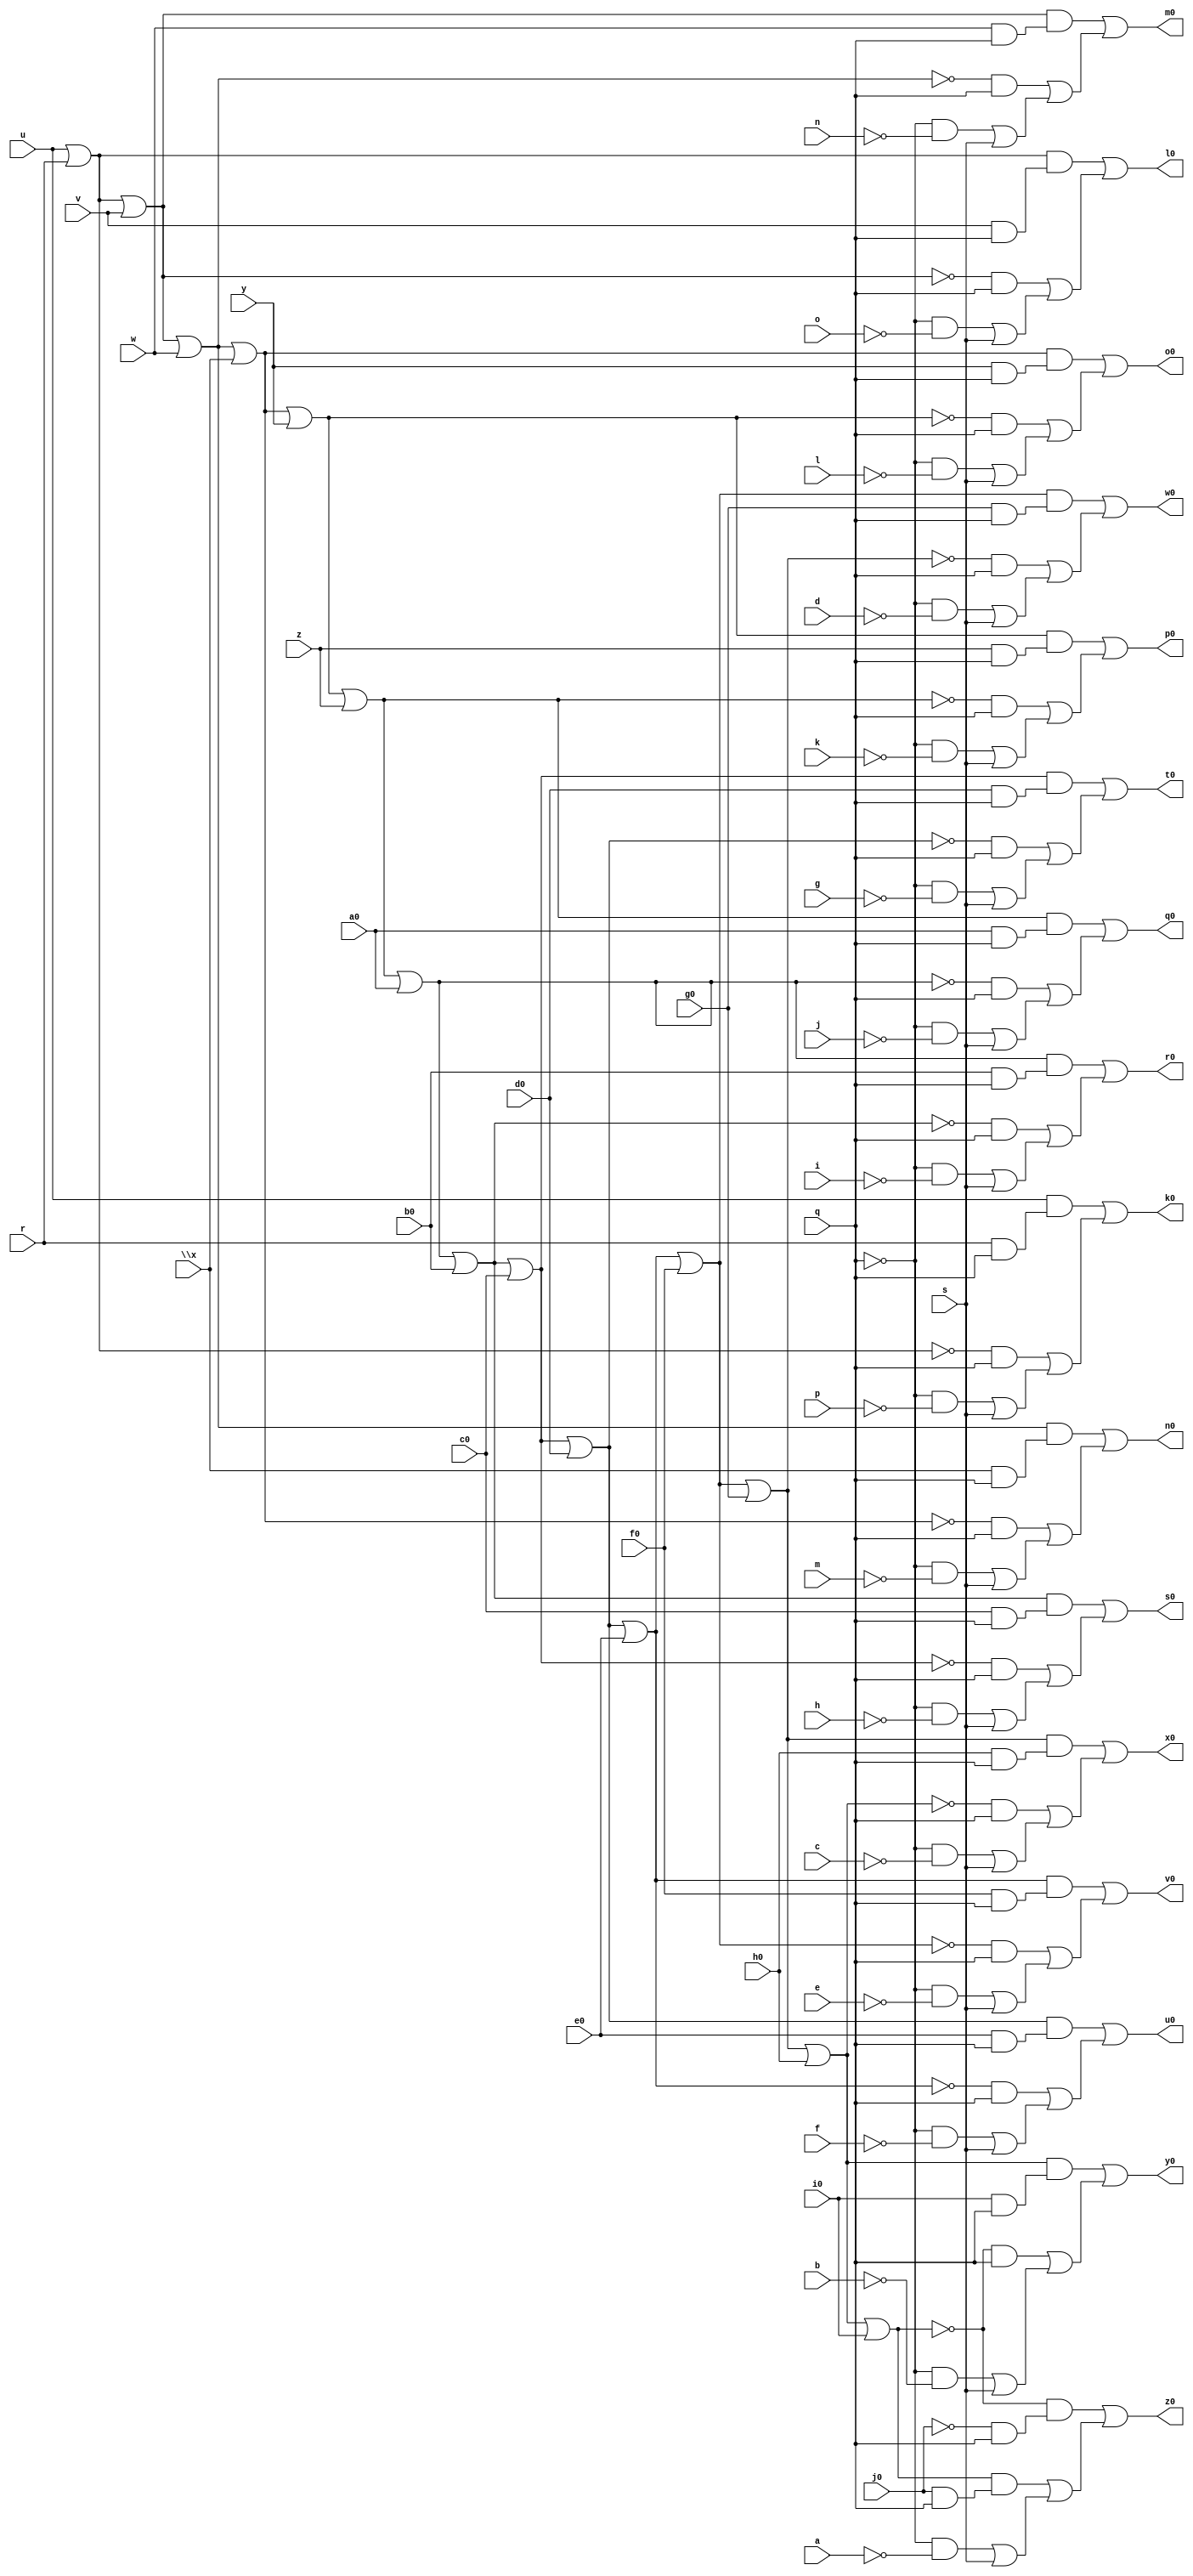
// IWLS benchmark module "count" printed on Wed May 29 16:07:22 2002
module count(a, b, c, d, e, f, g, h, i, j, k, l, m, n, o, p, q, r, s, u, v, w, \x , y, z, a0, b0, c0, d0, e0, f0, g0, h0, i0, j0, k0, l0, m0, n0, o0, p0, q0, r0, s0, t0, u0, v0, w0, x0, y0, z0);
input
  g0,
  h0,
  i0,
  j0,
  a,
  b,
  c,
  d,
  e,
  f,
  g,
  h,
  i,
  j,
  k,
  l,
  m,
  n,
  o,
  p,
  q,
  r,
  s,
  u,
  v,
  w,
  \x ,
  y,
  z,
  a0,
  b0,
  c0,
  d0,
  e0,
  f0;
output
  k0,
  l0,
  m0,
  n0,
  o0,
  p0,
  q0,
  r0,
  s0,
  t0,
  u0,
  v0,
  w0,
  x0,
  y0,
  z0;
wire
  \[26] ,
  \[27] ,
  \[10] ,
  \[11] ,
  \[12] ,
  \[13] ,
  o2,
  \[14] ,
  \[0] ,
  \[15] ,
  \[1] ,
  \[16] ,
  \[2] ,
  \[17] ,
  \[3] ,
  \[18] ,
  \[4] ,
  \[19] ,
  \[5] ,
  \[6] ,
  \[7] ,
  \[8] ,
  y1,
  \[9] ,
  \[20] ,
  \[21] ,
  \[22] ,
  \[23] ,
  e3,
  \[24] ,
  \[25] ;
assign
  \[26]  = \[22]  | e0,
  \[27]  = \[23]  | i0,
  k0 = \[0] ,
  \[10]  = (\[22]  & (e0 & q)) | ((~\[26]  & q) | ((~q & ~f) | s)),
  l0 = \[1] ,
  \[11]  = (\[26]  & (f0 & q)) | ((~e3 & q) | ((~q & ~e) | s)),
  m0 = \[2] ,
  \[12]  = (e3 & (g0 & q)) | ((~\[19]  & q) | ((~q & ~d) | s)),
  n0 = \[3] ,
  \[13]  = (\[19]  & (h0 & q)) | ((~\[23]  & q) | ((~q & ~c) | s)),
  o0 = \[4] ,
  o2 = \[25]  | b0,
  \[14]  = (\[23]  & (i0 & q)) | ((~\[27]  & q) | ((~q & ~b) | s)),
  p0 = \[5] ,
  \[0]  = (u & (r & q)) | ((~\[16]  & q) | ((~q & ~p) | s)),
  \[15]  = (~\[27]  & (~j0 & q)) | ((\[27]  & (j0 & q)) | ((~q & ~a) | s)),
  q0 = \[6] ,
  \[1]  = (\[16]  & (v & q)) | ((~\[20]  & q) | ((~q & ~o) | s)),
  \[16]  = u | r,
  r0 = \[7] ,
  \[2]  = (\[20]  & (w & q)) | ((~\[24]  & q) | ((~q & ~n) | s)),
  \[17]  = y1 | y,
  s0 = \[8] ,
  \[3]  = (\[24]  & (\x  & q)) | ((~y1 & q) | ((~q & ~m) | s)),
  \[18]  = o2 | c0,
  t0 = \[9] ,
  \[4]  = (y1 & (y & q)) | ((~\[17]  & q) | ((~q & ~l) | s)),
  \[19]  = e3 | g0,
  u0 = \[10] ,
  \[5]  = (\[17]  & (z & q)) | ((~\[21]  & q) | ((~q & ~k) | s)),
  v0 = \[11] ,
  \[6]  = (\[21]  & (a0 & q)) | ((~\[25]  & q) | ((~q & ~j) | s)),
  w0 = \[12] ,
  \[7]  = (\[25]  & (b0 & q)) | ((~o2 & q) | ((~q & ~i) | s)),
  x0 = \[13] ,
  \[8]  = (o2 & (c0 & q)) | ((~\[18]  & q) | ((~q & ~h) | s)),
  y0 = \[14] ,
  y1 = \[24]  | \x ,
  \[9]  = (\[18]  & (d0 & q)) | ((~\[22]  & q) | ((~q & ~g) | s)),
  z0 = \[15] ,
  \[20]  = \[16]  | v,
  \[21]  = \[17]  | z,
  \[22]  = \[18]  | d0,
  \[23]  = \[19]  | h0,
  e3 = \[26]  | f0,
  \[24]  = \[20]  | w,
  \[25]  = \[21]  | a0;
endmodule